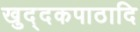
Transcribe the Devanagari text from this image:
खुद्दकपाठादि